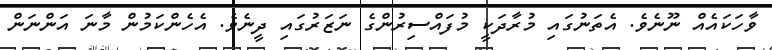
ވާހަކައެއް ނޫނެވެ. އެތަނުގައި މުރާދަކީ މުފައްސިރުންގެ ނަޒަރުގައި ދީނެވެ. އެހެންކަމުން މާނަ އަންނަން